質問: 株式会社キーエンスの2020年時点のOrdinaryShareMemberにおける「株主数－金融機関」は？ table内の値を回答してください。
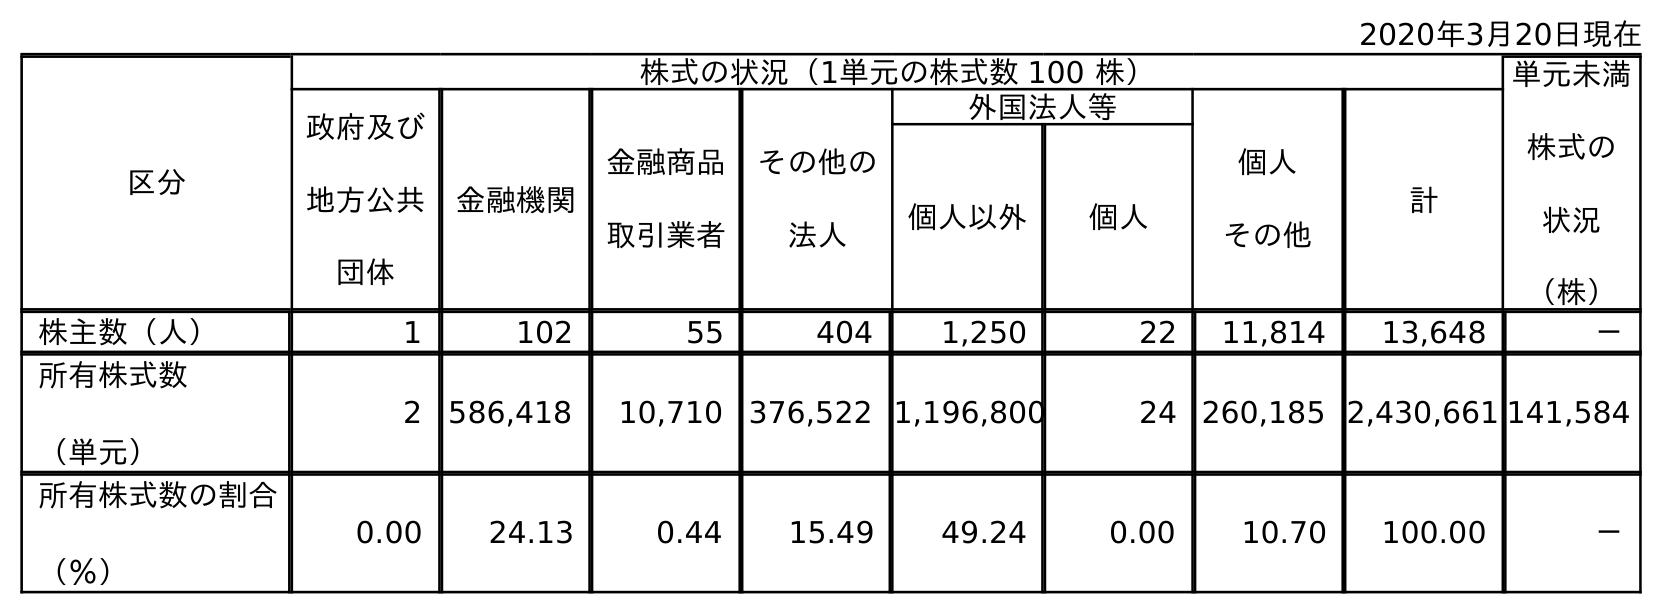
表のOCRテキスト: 2020年3月20日現在 区分 株式の状況（1単元の株式数 100 株） 単元未満 株式の 状況 （株） 政府及び 地方公共 団体 金融機関 金融商品 取引業者 その他の 法人 外国法人等 個人 その他 計 個人以外 個人 株主数（人） 1 102 55 404 1,250 22 11,814 13,648 － 所有株式数 （単元） 2 586,418 10,710 376,522 1,196,800 24 260,185 2,430,661 141,584 所有株式数の割合 （％） 0.00 24.13 0.44 15.49 49.24 0.00 10.70 100.00 －
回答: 102